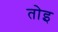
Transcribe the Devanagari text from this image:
तोइ